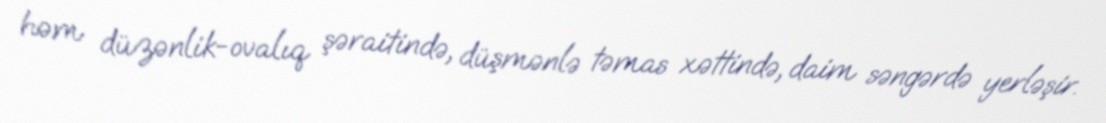
həm düzənlik-ovalıq şəraitində, düşmənlə təmas xəttində, daim səngərdə yerləşir.